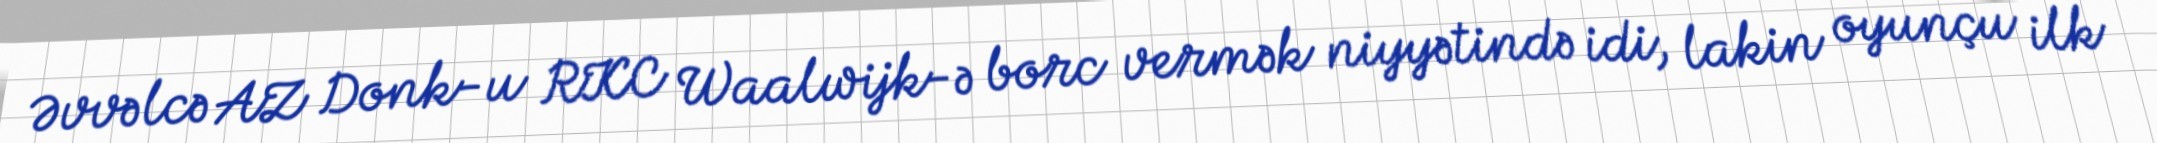
Əvvəlcə AZ Donk-u RKC Waalwijk-ə borc vermək niyyətində idi, lakin oyunçu ilk